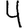
Digit: 4